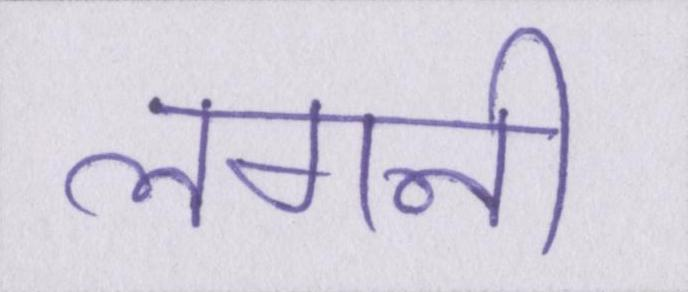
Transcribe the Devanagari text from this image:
लगनी